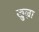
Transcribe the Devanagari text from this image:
खुल्ना